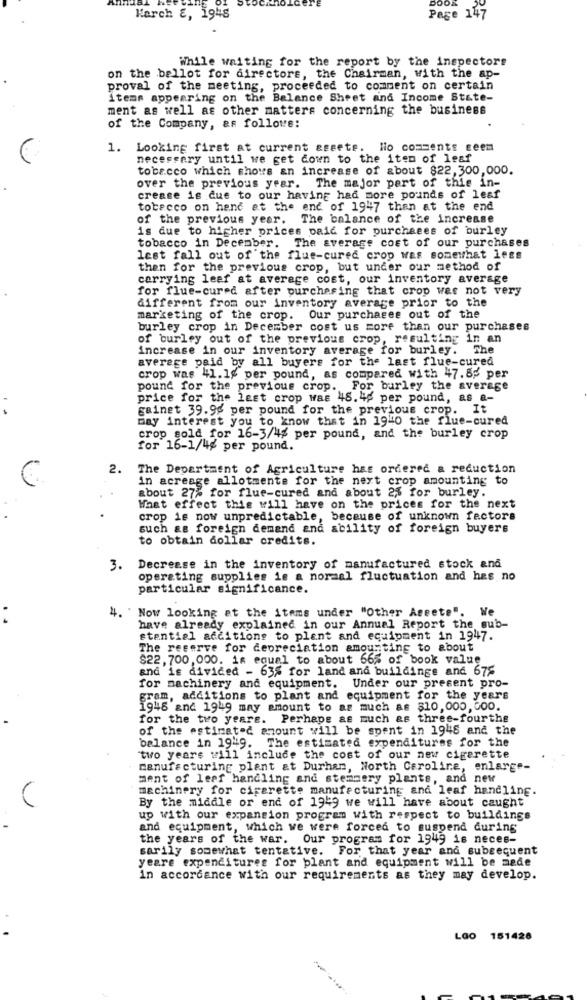
BOOK
Karch &, 1948
Page 147
While waiting for the report by the inspectors
on the ballot for directors, the Chairman, with the ap-
proval of the meeting, proceeded to comment on certain
items appearing on the Balance Sheet and Income State-
ment as well as other matters concerning the business
of the Company, &# followe:
1.
Looking first at current assets. No comments seem
necessary until we get down to the item of leaf
tobacco which shows an increase of about $22,300,000.
over the previous year. The major part of this in-
crease is due to our having had more pounds of leaf
tobacco on hand at the end of 1947 than at the end
of the previous year. The balance of the increase
is due to higher prices paid for purchases of burley
tobacco in December. The average cost of our purchases
lest fall out of the flue-cured crop was somewhat legs
then for the previous crop, but under our method of
carrying leaf at average cost, our inventory average
for flue-cured after purchasing that crop was not very
different from our inventory average prior to the
marketing of the crop. Our purchasee out of the
burley crop in December cost us more than our purchases
of burley out of the previous crop, resulting in an
increase in our inventory average for burley. The
average paid by all buyers for the last flue-cured
crop was 41.1g per pound, as compared with 47.85 per
pound for the previous crop. For burley the average
price for the last crop Was 48. 45 per pound, as a-
gainet 39.95 per pound for the previous crop. It
may interest you to know that in 1940 the flue-cured
crop sold for 16-3/42 per pound, and the burley crop
for 16-1/4g per pound.
2. The Department of Agriculture has ordered a reduction
in acreage allotmente for the next crop amounting to
about 27% for flue-cured and about 2% for burley.
What effect this will have on the prices for the next
crop is now unpredictable, because of unknown factors
such as foreign demand and ability of foreign buyers
to obtain dollar credits.
3. Decrease in the inventory of manufactured stock and
operating supplies is a normal fluctuation and has no
particular significance.
4. " Now looking at the items under "Other Aseete". We
:
have already explained in our Annual Report the sub-
stential additions to plant and equipment in 1947.
The reserve for depreciation amounting to about
$22, 700, 000. is equal to about 665 of book value
and is divided - 635 for land and buildinge and 675
for machinery and equipment. Under our present pro-
gram, additions to plant and equipment for the years
1948 and 1949 may amount to as much as $10,000,000.
for the two years. Perhaps as much as three-fourths
of the estimated amount will be spent in 1948 and the
balance in 1949. The estimated expenditures for the
"two years will include the cost of our new cigarette
manufacturing plant at Durham, North Carolina, enlarge-
ment of leef handling and stemmery plante, and new
machinery for cigarette manufacturing and leaf handling.
By the middle or end of 1949 we will have about caught
up with our expansion program with respect to buildings
and equipment, which we were forced to suspend during
the years of the war. Our program for 1949 is neces-
sarily somewhat tentative. For that year and subsequent
yeare expenditures for blant and equipment will be made
in accordance with our requirements as they may develop.
Lao 151428